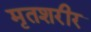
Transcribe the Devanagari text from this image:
मृतशरीर